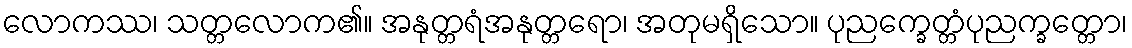
လောကဿ၊ သတ္တလောက၏။ အနုတ္တရံအနုတ္တရော၊ အတုမရှိသော။ ပုညက္ခေတ္တံပုညက္ခတ္တော၊